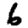
Digit: 6